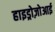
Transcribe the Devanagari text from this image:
हाइड्रोज़ोआई